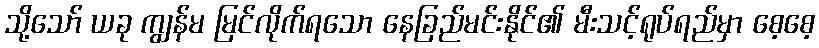
သို့သော် ယခု ကျွန်မ မြင်လိုက်ရသော နေခြည်မင်းနိုင်၏ မီးသင့်ရုပ်ရည်မှာ စေ့စေ့